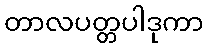
တာလပတ္တပါဒုကာ